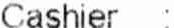
CASHIER :